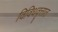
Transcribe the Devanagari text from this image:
विविधवृत्तात